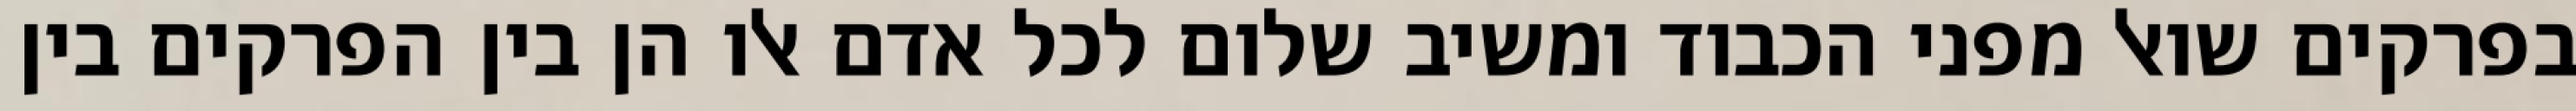
בפרקים שואל מפני הכבוד ומשיב שלום לכל אדם אלו הן בין הפרקים בין